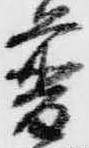
普